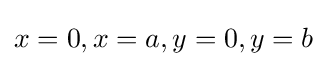
x=0,x=a,y=0,y=b